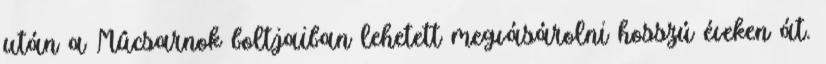
után a Mûcsarnok boltjaiban lehetett megvásárolni hosszú éveken át.